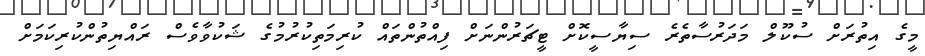
މީގެ އިތުރަށް ސުކޫލް މަދަރުސާތެރެ ސިޔާސީކޮށް ޓީޗަރުންނަށް ފިއްތުންތައް ކުރިމަތިކުރުމުގެ ޝަކުވާވެސް ރައްޔިތުންކުރިކަމަށް